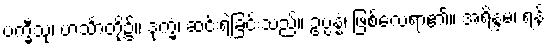
ပက္ခီသု၊ ဟင်္သာတို့၌။ ဒုက္ခံ၊ ဆင်းရဲခြင်းသည်။ ဥပ္ပန္နံ၊ ဖြစ်လေရာ၏။ အရိန္ဒမ၊ ရန်